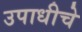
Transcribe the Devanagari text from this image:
उपाधीचे